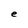
Character: e